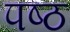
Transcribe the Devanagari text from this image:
पष्ठ